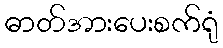
ဓာတ်အားပေးစက်ရုံ